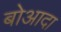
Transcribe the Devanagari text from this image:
बोआदा